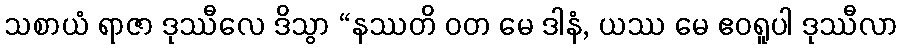
သစာယံ ရာဇာ ဒုဿီလေ ဒိသွာ “နဿတိ ဝတ မေ ဒါနံ, ယဿ မေ ဧဝရူပါ ဒုဿီလာ